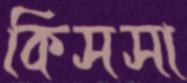
কিসসা